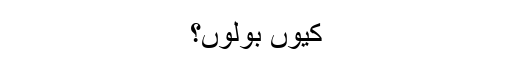
کیوں بولوں؟